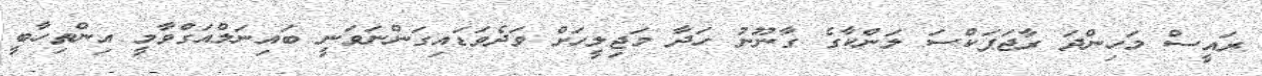
ރައީސް މަހިންދަ ރާޖަޕަކްސަ ލަންކާގެ ގާނޫނު ހަދާ މަޖިލީހަށް ވަދެވަޑައިގަންނަވަނީ ބައިނަލްއަގްވާމީ އިންތިހާބީ